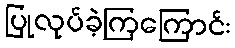
ပြုလုပ်ခဲ့ကြကြောင်း